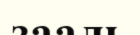
зааль